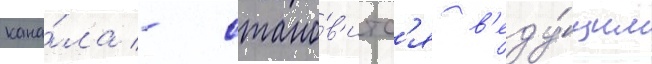
кана́ла - стано́в'итс'я в'еду́щим